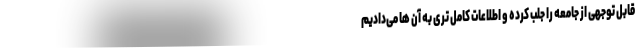
قابل توجهی از جامعه را جلب کرده و اطلاعات کامل تری به آن ها می‌دادیم